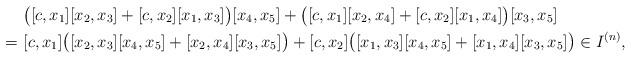
LaTeX: \begin{align*}& \bigl( [c, x_1][x_2, x_3] + [c, x_2 ] [x_1, x_3] \bigr) [x_4, x_5] + \bigl( [c, x_1][x_2, x_4] + [c, x_2 ] [x_1, x_4] \bigr) [x_3, x_5]\\= \ & [c, x_1] \bigl( [x_2, x_3] [x_4, x_5] + [x_2, x_4] [x_3, x_5] \bigr) + [c, x_2 ] \bigl( [x_1, x_3] [x_4, x_5] + [x_1, x_4] [x_3, x_5] \bigr) \in I^{(n)} ,\end{align*}